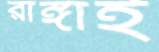
রাঙ্গাই